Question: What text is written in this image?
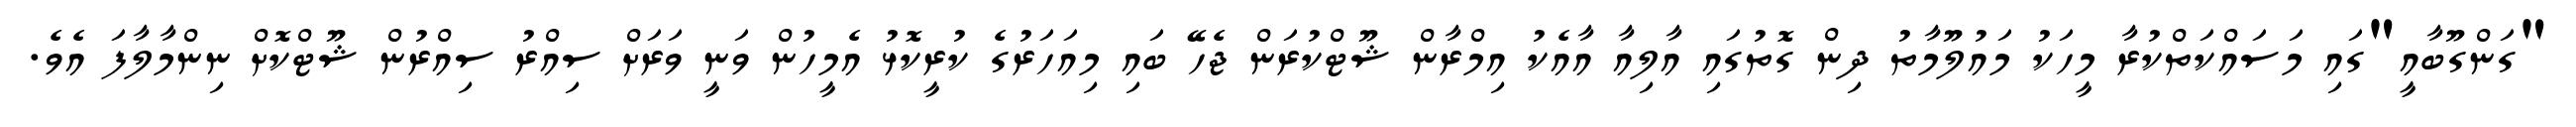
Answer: "ގަންގޫބާއީ"ގައި މަސައްކަތްކުރާ މީހަކު މައުލޫމާތު ދިން ގޮތުގައި އާލިއާ އާއެކު އިމްރާން ޝޫޓްކުރަން ޖެހޭ ބައި މިއަހަރުގެ ކުރީކޮޅު އެމީހުން ވަނީ ވަރަށް ސިއްރު ސިއްރުން ޝޫޓްކޮށް ނިންމާލާފަ އެވެ.